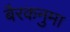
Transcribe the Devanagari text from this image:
बैरकनुमा